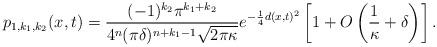
LaTeX: \begin{align*}p_{1,k_1,k_2}(x,t)= \frac{(-1)^{k_2} \pi^{k_1+k_2}}{4^{n}(\pi\delta)^{n+k_1-1}\sqrt{2\pi\kappa}} e^{-\frac{1}{4}d(x,t)^2} \left[1+O\left(\frac{1}{\kappa}+\delta \right) \right].\end{align*}